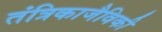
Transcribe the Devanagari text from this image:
तंत्रिकाजैविकी